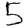
Digit: 5